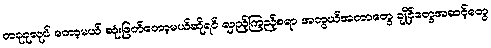
တခုခုလုပ် တော့မယ် ဆုံးဖြတ်တော့မယ်ဆိုရင် လှည့်ကြည့်စရာ အတွယ်အတာတွေ ချိုင့်တွေအဆင့်တွေ